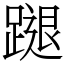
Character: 蹆